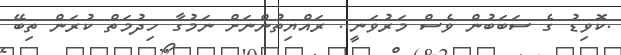
.ކޮވިޑު ގެ ސަބަބުން ވެސް މަރުވަނީ.. ރައްޔިތުންނަށް ނަމުގާ ހިދުމަތް ކުރަން ތިބޭ